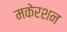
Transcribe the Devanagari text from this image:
मकेरशन